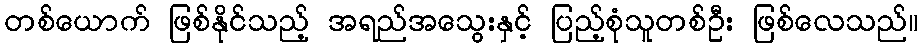
တစ်ယောက် ဖြစ်နိုင်သည့် အရည်အသွေးနှင့် ပြည့်စုံသူတစ်ဦး ဖြစ်လေသည်။